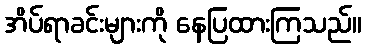
အိပ်ရာခင်းများကို နေပြထားကြသည်။